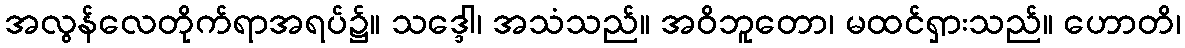
အလွန်လေတိုက်ရာအရပ်၌။ သဒ္ဒေါ၊ အသံသည်။ အဝိဘူတော၊ မထင်ရှားသည်။ ဟောတိ၊